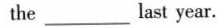
the last year___.